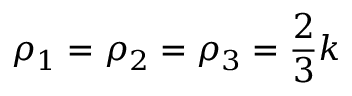
\rho _ { 1 } = \rho _ { 2 } = \rho _ { 3 } = \frac { 2 } { 3 } k